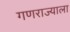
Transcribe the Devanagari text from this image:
गणराज्याला